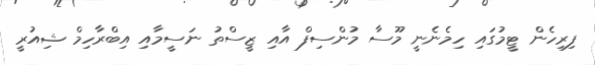
ފިރިހެން ޓީމުގައި ހިމެނެނީ މޫސާ މުންސިފް އާއި ޒީސްތު ނަސީމާއި އިބްރާހިމް ޝިއުރީ